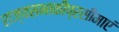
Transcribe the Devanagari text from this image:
राज्यसभाकीप्रसीमाएं